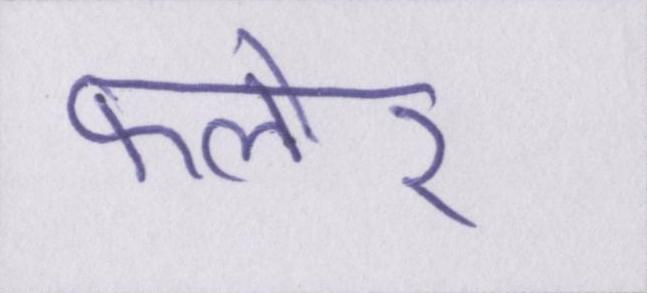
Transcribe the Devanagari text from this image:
फ्लोर